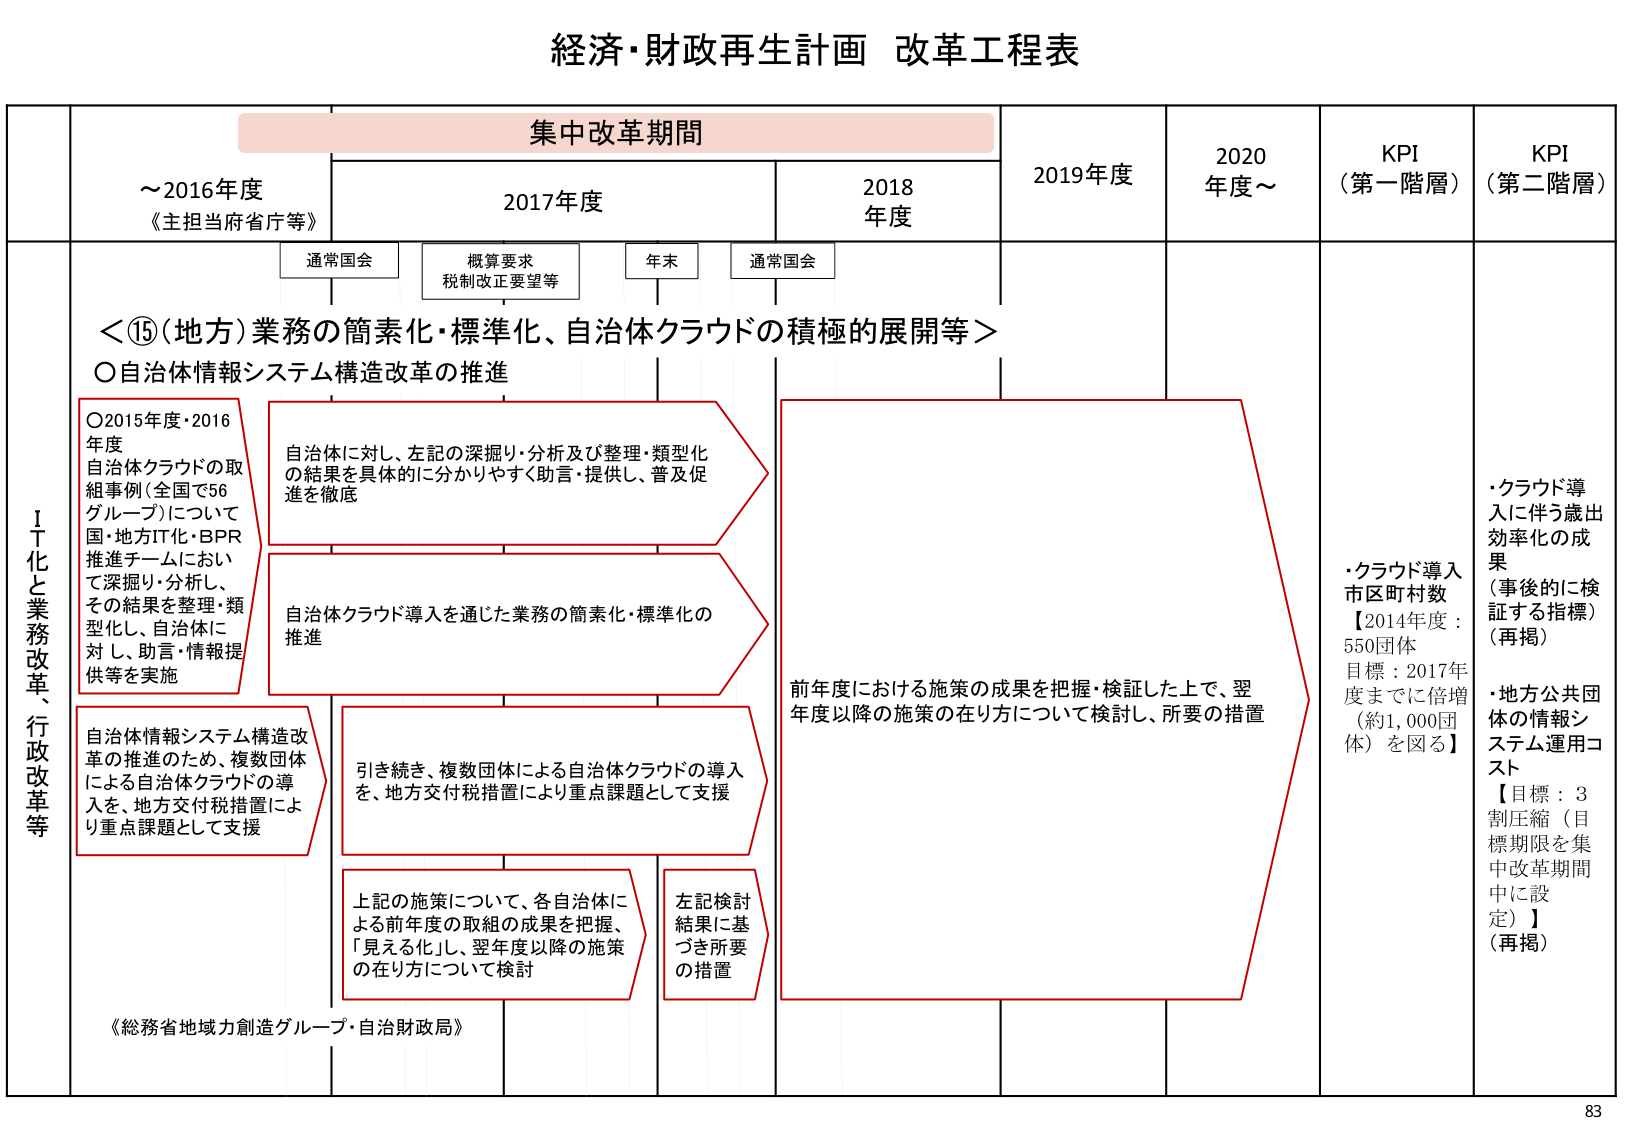
経済・財政再生計画 改革工程表

集中改革期間

～2016年度
《主担当府省庁等》

2017年度
通常国会
概算要求
税制改正要望等
年末
通常国会

2018年度

2019年度

2020年度～

KPI（第一階層）

KPI（第二階層）

＜⑮（地方）業務の簡素化・標準化、自治体クラウドの積極的展開等＞

〇自治体情報システム構造改革の推進

〇2015年度・2016年度
自治体クラウドの取組事例（全国で56グループ）について
国・地方IT化・BPR推進チームにおいて
て深掘り・分析し、
その結果を整理・類型化し、自治体に
対し、助言・情報提供等を実施

自治体に対し、左記の深掘り・分析及び整理・類型化の結果を具体的に分かりやすく助言・提供し、普及促進を徹底

自治体クラウド導入を通じた業務の簡素化・標準化の推進

自治体情報システム構造改革の推進のため、複数団体による自治体クラウドの導入を、地方交付税措置により重点課題として支援

引き続き、複数団体による自治体クラウドの導入を、地方交付税措置により重点課題として支援

上記の施策について、各自治体による前年度の取組の成果を把握、「見える化」し、翌年度以降の施策の在り方について検討

左記検討結果に基づき所要の措置

前年度における施策の成果を把握・検証した上で、翌年度以降の施策の在り方について検討し、所要の措置

・クラウド導入市区町村数
【2014年度：550団体
目標：2017年度までに倍増（約1,000団体）を図る】

・クラウド導入に伴う歳出効率化の成果（事後的に検証する指標）（再掲）

・地方公共団体の情報システム運用コスト
【目標：3割圧縮（目標期限を集 中改革期間中に設定）】（再掲）

《総務省地域力創造グループ・自治財政局》

83